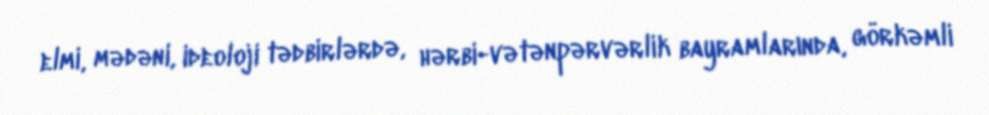
elmi, mədəni, ideoloji tədbirlərdə, hərbi-vətənpərvərlik bayramlarında, görkəmli